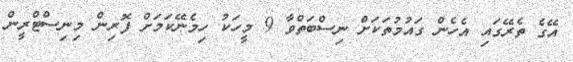
އޭގެ ތެރޭގައި އެހެން ގައުމުތަކަށް ނިސްބަތްވާ 9 މީހަކު ހިމެނޭކަމަށް ފޮރިން މިނިސްޓްރީން